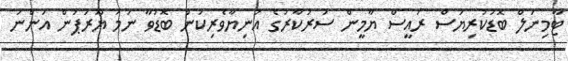
ޓާމިނަލް ބޮޑުކުރިޔަސް ރައީސް ޔާމީން ސަރުކާރުގެ އަނިޔާވެރިކަން ބޮޑުވާ ނަމަ ޔޫރަޕުން އަންނަ